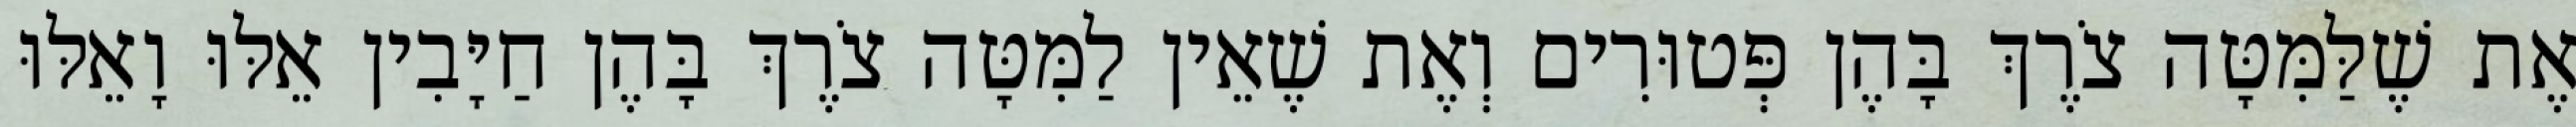
אֶת שֶׁלַּמִּטָּה צֹרֶךְ בָּהֶן פְּטוּרִים וְאֶת שֶׁאֵין לַמִּטָּה צֹרֶךְ בָּהֶן חַיָּבִין אֵלּוּ וָאֵלּוּ